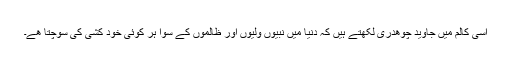
اسی کالم میں جاوید چوھدری لکھتے ہیں کہ دنیا میں نبیوں ولیوں اور ظالموں کے سوا ہر کوئی خود کشی کی سوچتا ھے۔